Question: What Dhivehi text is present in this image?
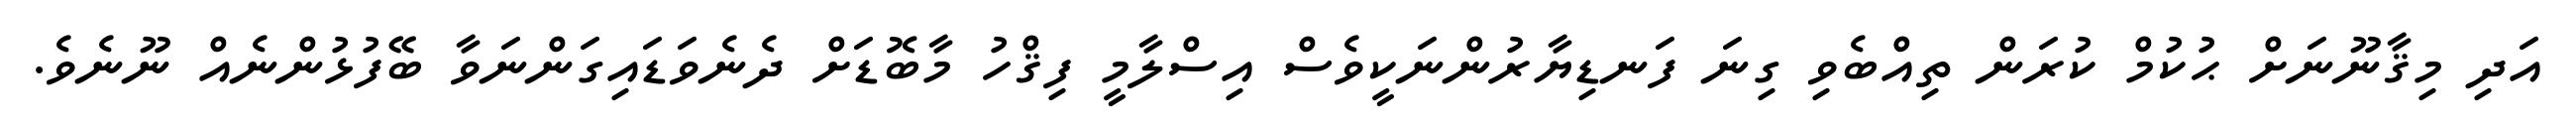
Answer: އަދި މިޤާނޫނަށް ޙުކުމް ކުރަން ތިއްބެވި ގިނަ ފަނޑިޔާރުންނަކީވެސް އިސްލާމީ ފިޤްހު މާބޮޑަށް ދެނެވަޑައިގަންނަވާ ބޭފުޅުންނެއް ނޫނެވެ.